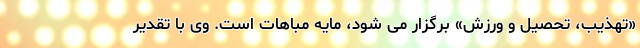
«تهذیب، تحصیل و ورزش» برگزار می شود، مایه مباهات است. وی با تقدیر